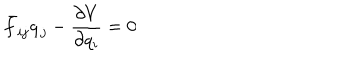
\bar { f } _ { i j } \dot { q } _ { j } - { \frac { \partial V } { \partial q _ { i } } } = 0